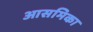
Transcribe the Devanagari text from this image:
आसमिका